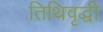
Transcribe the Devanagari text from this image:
तिथिवृद्धी